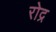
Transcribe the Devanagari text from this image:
रोद्र